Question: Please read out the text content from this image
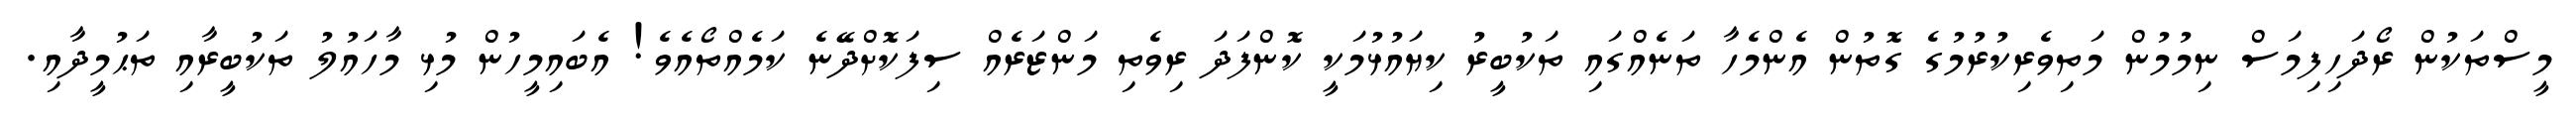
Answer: މީސްތަކުން ރޯދަހިފިމަސް ނިމުމުން މަތިވެރިކުރުމުގެ ގޮތުން އެންމެހާ ތަނެއްގައި ތަކުބީރު ކިޔައުޅުމަކީ ކޮންފަދަ ރިވެތި މަންޒަރެއް ސިފަކޮށްދޭނެ ކަމެއްތޯއެވެ! އެބައިމީހުން މުޅި މާހައުލު ތަކުބީރާއި ތަޙުމީދާއި.